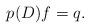
LaTeX: \begin{align*}p(D)f=q.\end{align*}